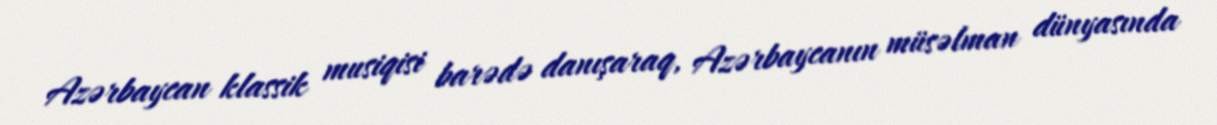
Azərbaycan klassik musiqisi barədə danışaraq, Azərbaycanın müsəlman dünyasında